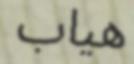
ھياب